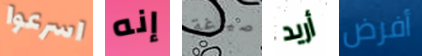
اسرعوا إنه صياغة أريد أفرض